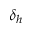
\delta _ { h }